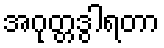
အဂုတ္တဒွါရတာ